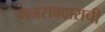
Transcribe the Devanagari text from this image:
मनसबदाराची